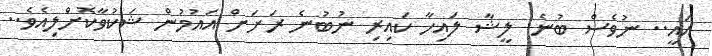
އައީ.. ނުވެސް ބުނެ. ލީޝާ ލައިހާ ކައިރި ނުބުނެ ރަށަށް އައުމުން ޝަކުވާކޮށްލިއެވެ..